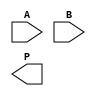
module AdaptiveWallaceTreeMultiplier #(
    parameter N = 8 // Default operand size
)(
    input [N-1:0] A, // First operand
    input [N-1:0] B, // Second operand
    output reg [2*N-1:0] P // Product output
);

    // Partial product generation
    wire [N-1:0] pp [N-1:0]; // Partial products matrix
    genvar i;
    generate
        for (i = 0; i < N; i = i + 1) begin : gen_partial_products
            assign pp[i] = A & {N{B[i]}}; // AND each bit of B with A
        end
    endgenerate

    // Wallace Tree Reduction
    wire [N-1:0] sum [N:0]; // Sums for each stage
    wire [N:0] carry [N:0]; // Carries for each stage

    // Initialize first stage
    assign sum[0] = pp[0];
    assign carry[0] = 0;

    // Reduction stages
    genvar j, k;
    generate
        for (j = 0; j < N; j = j + 1) begin : reduction_stage
            if (j > 0) begin
                assign sum[j] = {carry[j-1], sum[j-1]} + {1'b0, sum[j-1]}; // Add carry to sum
            end
            
            for (k = 0; k < (N + 1) / 2; k = k + 1) begin : full_adder
                if (k < (N - 1)) begin
                    wire a = pp[k][j];
                    wire b = pp[k+1][j];
                    wire c = carry[j-1][k];
                    assign {carry[j][k], sum[j][k]} = a + b + c; // Full adder
                end
            end
        end
    endgenerate

    // Final addition
    wire [2*N-1:0] final_sum;
    assign final_sum = {carry[N-1][0], sum[N-1]} + {1'b0, sum[N-1]}; // Final sum

    // Output the final product
    always @(*) begin
        P = final_sum; // Assign the product output
    end

endmodule